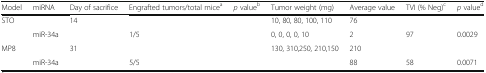
<table><thead><tr><td><b>Model</b></td><td><b>miRNA</b></td><td><b>Day of sacrifice</b></td><td><b>Engrafted tumors/total mice<sup>a</sup></b></td><td><b><i>p</i> value<sup>b</sup></b></td><td><b>Tumor weight (mg)</b></td><td><b>Average value</b></td><td><b>TVI (% Neg)<sup>c</sup></b></td><td><b><i>p</i> value<sup>d</sup></b></td></tr></thead><tbody><tr><td rowspan="2">STO</td><td>[EMPTY_CELL]</td><td>14</td><td>[EMPTY_CELL]</td><td>[EMPTY_CELL]</td><td>10, 80, 80, 100, 110</td><td>76</td><td>[EMPTY_CELL]</td><td>[EMPTY_CELL]</td></tr><tr><td>miR-34a</td><td>[EMPTY_CELL]</td><td>1/5</td><td>[EMPTY_CELL]</td><td>0, 0, 0, 0, 10</td><td>2</td><td>97</td><td>0.0029</td></tr><tr><td rowspan="2">MP8</td><td>[EMPTY_CELL]</td><td>31</td><td>[EMPTY_CELL]</td><td>[EMPTY_CELL]</td><td>130, 310,250, 210,150</td><td>210</td><td>[EMPTY_CELL]</td><td>[EMPTY_CELL]</td></tr><tr><td>miR-34a</td><td>[EMPTY_CELL]</td><td>5/5</td><td>[EMPTY_CELL]</td><td>[EMPTY_CELL]</td><td>88</td><td>58</td><td>0.0071</td></tr></tbody></table>